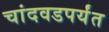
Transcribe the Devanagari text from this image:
चांदवडपर्यंत